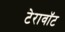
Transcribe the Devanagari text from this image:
टेरावॉट